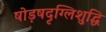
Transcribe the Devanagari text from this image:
षोड़षदृग्लिशुद्धि